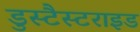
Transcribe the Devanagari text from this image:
डुस्टैस्टराइड